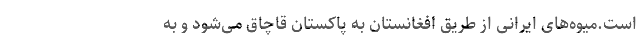
است.میوه‌های ایرانی از طریق افغانستان به پاکستان قاچاق می‌شود و به